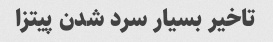
تاخیر بسیار سرد شدن پیتزا